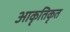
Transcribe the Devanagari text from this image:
आकृतिकृत